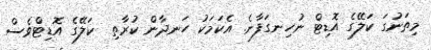
މިތަނުގަ ކަލޭގެ އޮޑިޓް ނުހިނގަފާނެ. އެކަމަކު ހަނދާން ކުރާތި  ކަލޭގެ އޮޑިޓްވެސް